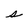
Character: s